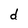
Character: d